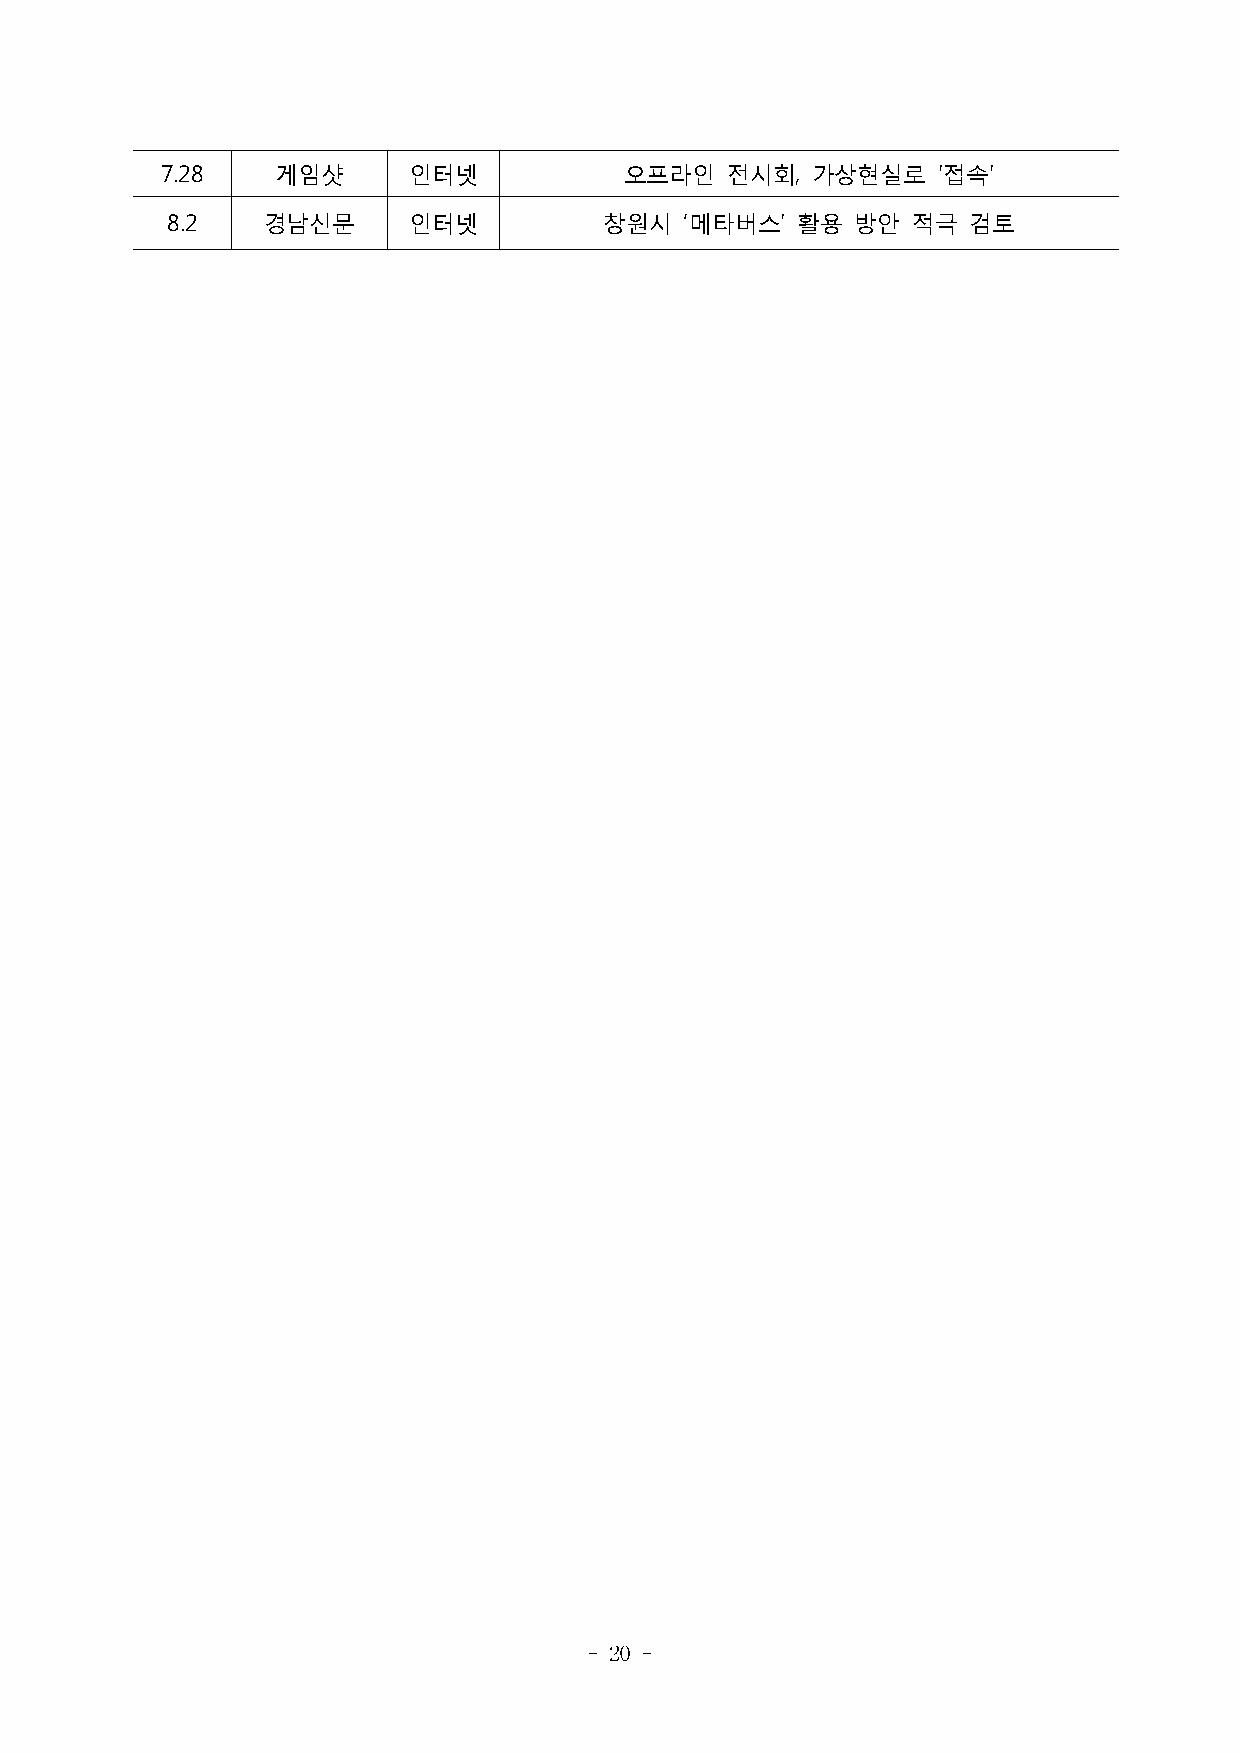
7.28   게임샷      인터넷           오프라인   전시회,  가상현실로   '접속'
 8.2   경남신문      인터넷          창원시  ‘메타버스’  활용  방안 적극  검토
 - 20 -